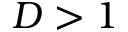
D > 1